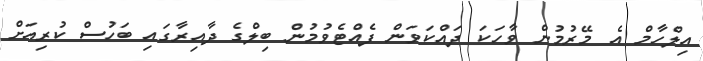
އިލްހާމް އެ މޭރުމުން ވާހަކަ ދައްކަވަން ފެއްޓެވުމުން ބިލްގެ ދާއިރާގައި ބަހުސް ކުރިއަށް